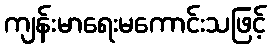
ကျန်းမာရေးမကောင်းသဖြင့်